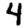
Digit: 4